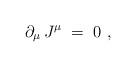
LaTeX: \begin{align*}\partial_\mu\,J^\mu \;=\; 0~,\end{align*}